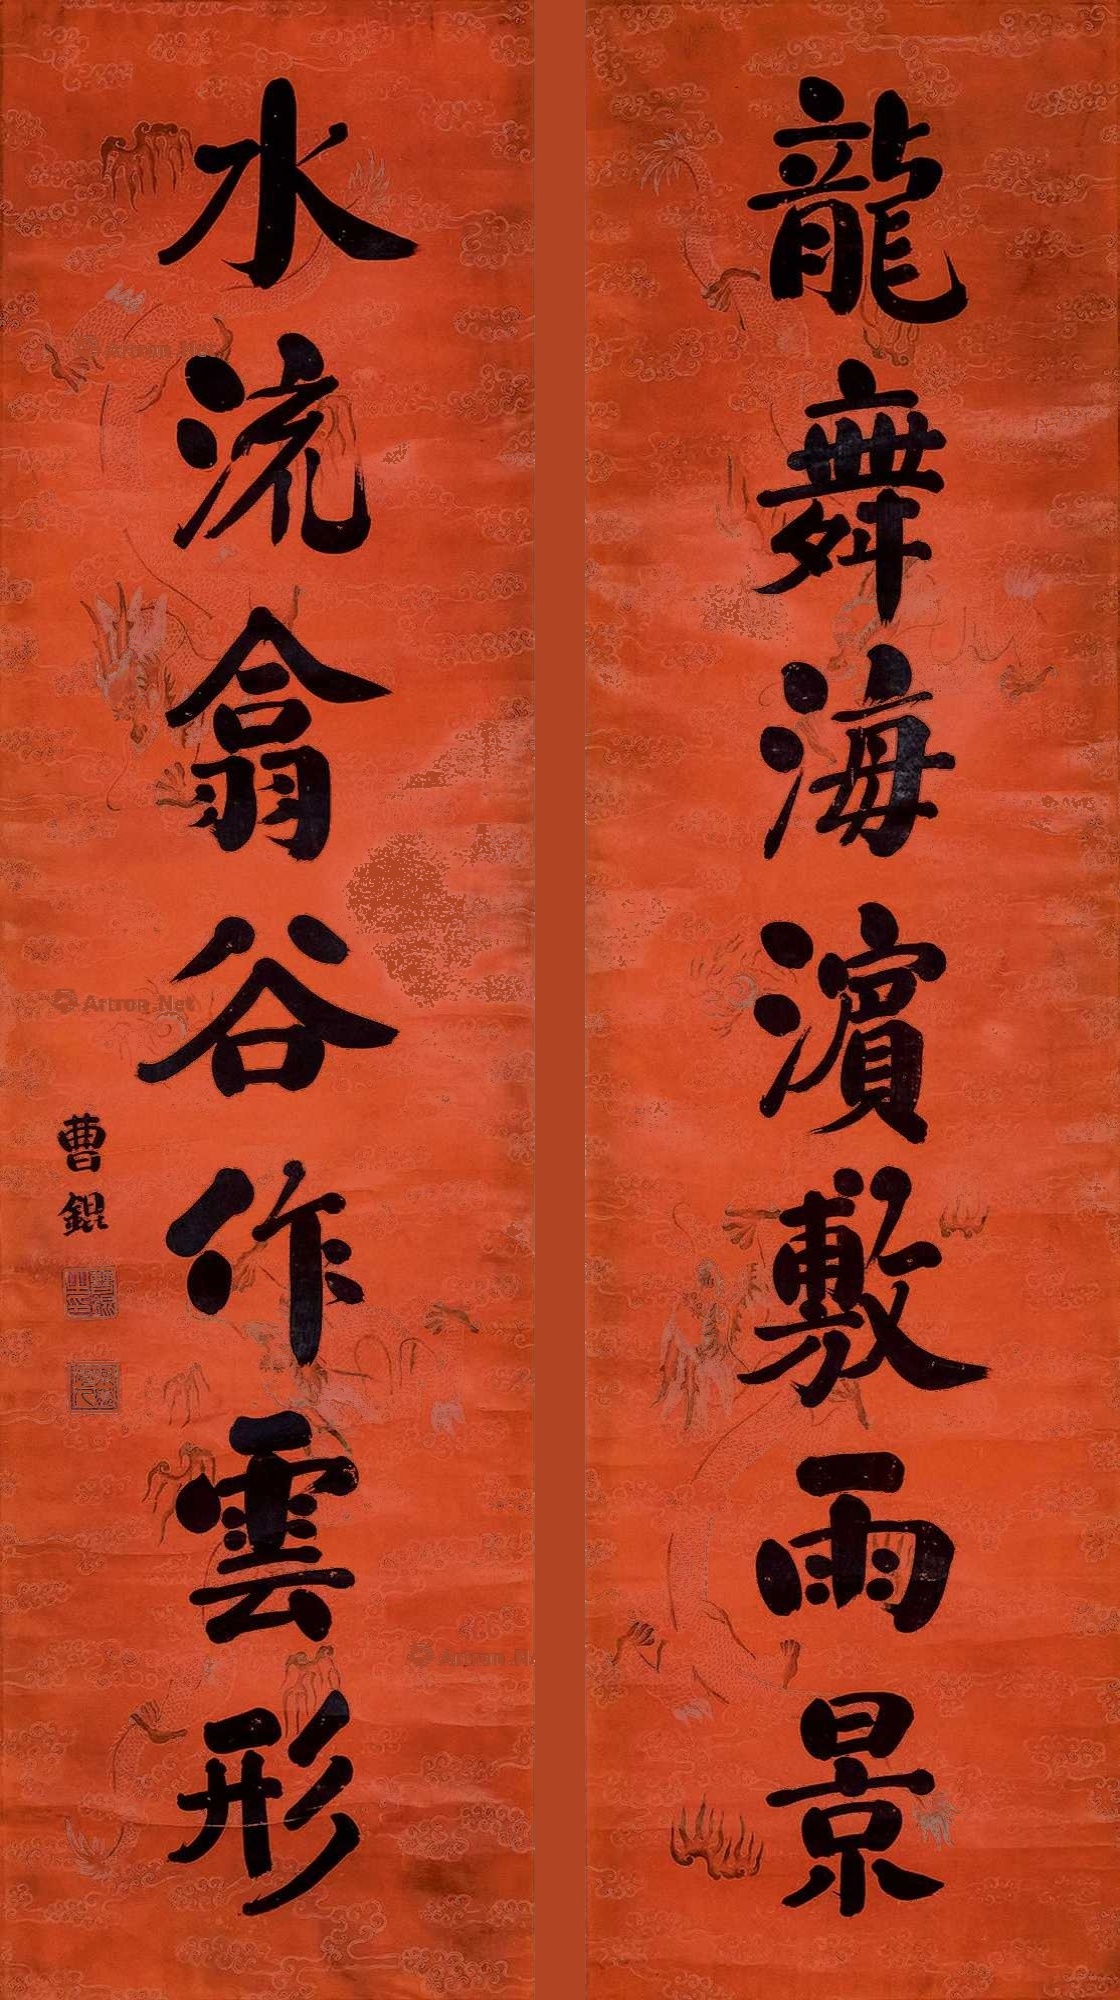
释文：龙舞海滨敷雨景，水流翕谷作云形。曹锟。